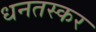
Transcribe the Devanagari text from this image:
धनतस्कर